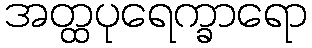
အတ္ထပုရေက္ခာရော